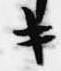
キ